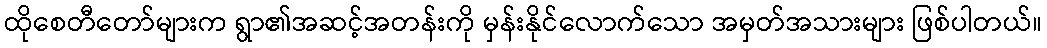
ထိုစေတီတော်များက ရွာ၏အဆင့်အတန်းကို မှန်းနိုင်လောက်သော အမှတ်အသားများ ဖြစ်ပါတယ်။